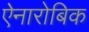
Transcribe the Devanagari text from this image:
ऐनारोबिक